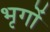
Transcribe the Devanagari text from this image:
भृगों